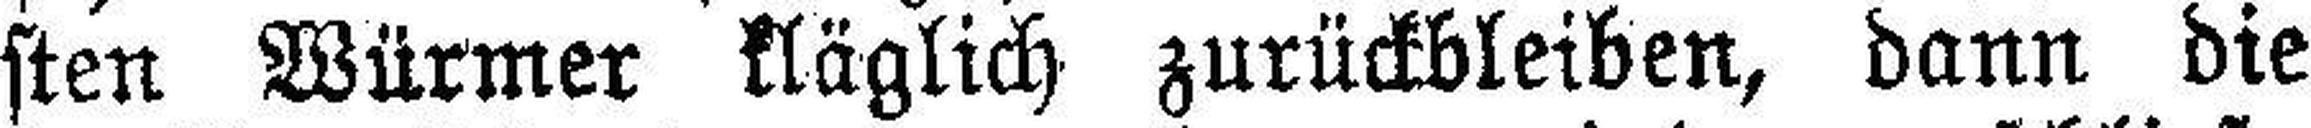
sten Würmer kläglich zurückbleiben, dann die